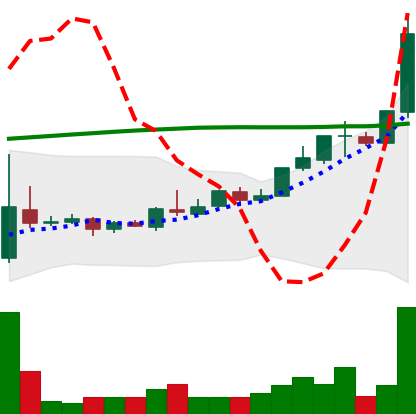
Ticker: TRX-USD
Chart end date: 2018-04-24
Forward return: 21.517%
Label: up_7plus